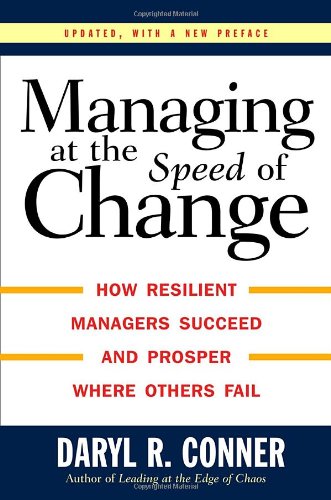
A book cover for Managing At the Speed of Change; Daryl R. Conner; Business & Money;